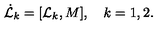
\dot { { \cal L } } _ { k } = [ { \cal L } _ { k } , { M } ] , \quad k = 1 , 2 .